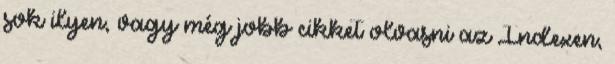
sok ilyen, vagy még jobb cikket olvasni az Indexen,